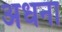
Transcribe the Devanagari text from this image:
अधना